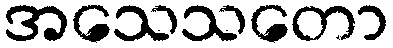
အသေသတော